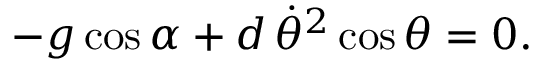
\begin{array} { r } { - g \cos \alpha + d \, \dot { \theta } ^ { 2 } \cos \theta = 0 . } \end{array}